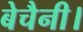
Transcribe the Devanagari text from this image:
बेचैनी।